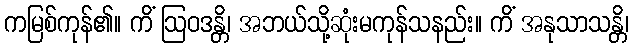
ကမြစ်ကုန်၏။ ကိံ ဩဝဒန္တိ၊ အဘယ်သို့ဆုံးမကုန်သနည်း။ ကိံ အနုသာသန္တိ၊